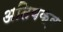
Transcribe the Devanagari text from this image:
अतिपक्व